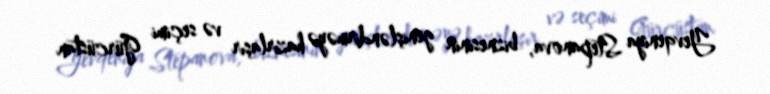
Yevqeniya Stepanova, biznesinin genişləndirməyə hazırlaşır və seçimi Gürcüstan